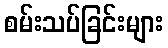
စမ်းသပ်ခြင်းများ